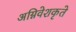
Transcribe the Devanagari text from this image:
अग्निवेशकृते